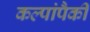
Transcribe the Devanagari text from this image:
कल्पांपैकी